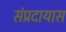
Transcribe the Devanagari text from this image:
संप्रदायास